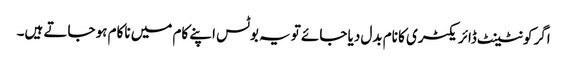
اگر کونٹینٹ ڈائریکٹری کا نام بدل دیا جائے تو یہ بوٹس اپنے کام میں ناکام ہو جاتے ہیں۔